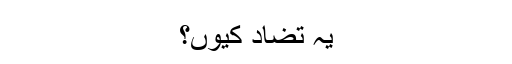
یہ تضاد کیوں؟